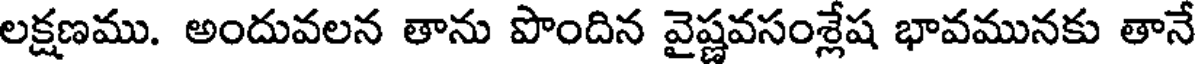
లక్షణము. అందువలన తాను పొందిన వైష్ణవసంశ్లేష భావమునకు తానే